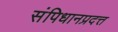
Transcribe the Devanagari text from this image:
संपिधानप्रदत्त